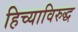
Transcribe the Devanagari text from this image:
हिच्याविरुद्ध